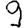
Digit: 9